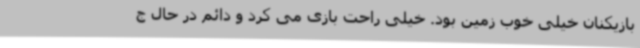
بازیکنان خیلی خوب زمین بود. خیلی راحت بازی می کرد و دائم در حال ج